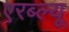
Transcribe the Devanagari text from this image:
एरब्ल्यू